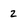
Character: 2